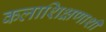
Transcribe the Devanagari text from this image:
कलाशिक्षणाशी